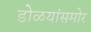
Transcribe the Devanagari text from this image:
डोळयांसमोर